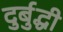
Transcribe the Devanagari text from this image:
दुर्बुद्धी